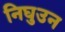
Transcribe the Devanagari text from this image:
निघुउन